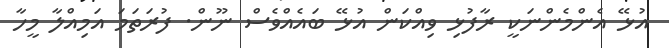
އުޅޭ އެންމެންނަކީ ރާފުޅި ވިއްކަން އުޅޭ ބައެއްވެސް ނޫން. ފުރަތަމަ އަމިއްލާ މީހާ